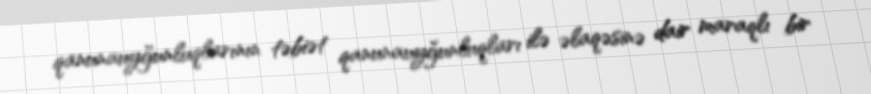
qanunauyğunluqlarının təbiət qanunauyğunluqları ilə əlaqəsinə dair maraqlı bir